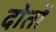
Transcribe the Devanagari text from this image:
दोतों